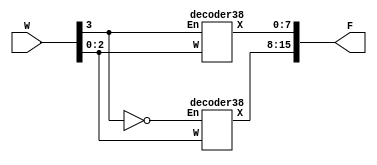
module decoder(W,F);
 input [3:0]W;
 output [0:15]F;
 wire [3:0]X;
 
 assign X[2:0] = W[2:0];
 assign X[3] = ~W[3];
 decoder38 a(W[2:0],F[0:7],X[3]);
 decoder38 b(W[2:0],F[8:15],W[3]);

 
endmodule



module decoder38(W,X,En);
 input [2:0]W;
 input En;
 output reg [0:7]X;
 
 always@(W)
 begin
 if(En==1)
    case(W)
    0:X=8'b10000000;
    1:X=8'b01000000;
    2:X=8'b00100000;
    3:X=8'b00010000;
    4:X=8'b00001000;
    5:X=8'b00000100;
    6:X=8'b00000010;
    7:X=8'b00000001;
    endcase
  else
  X=0;
   end
endmodule